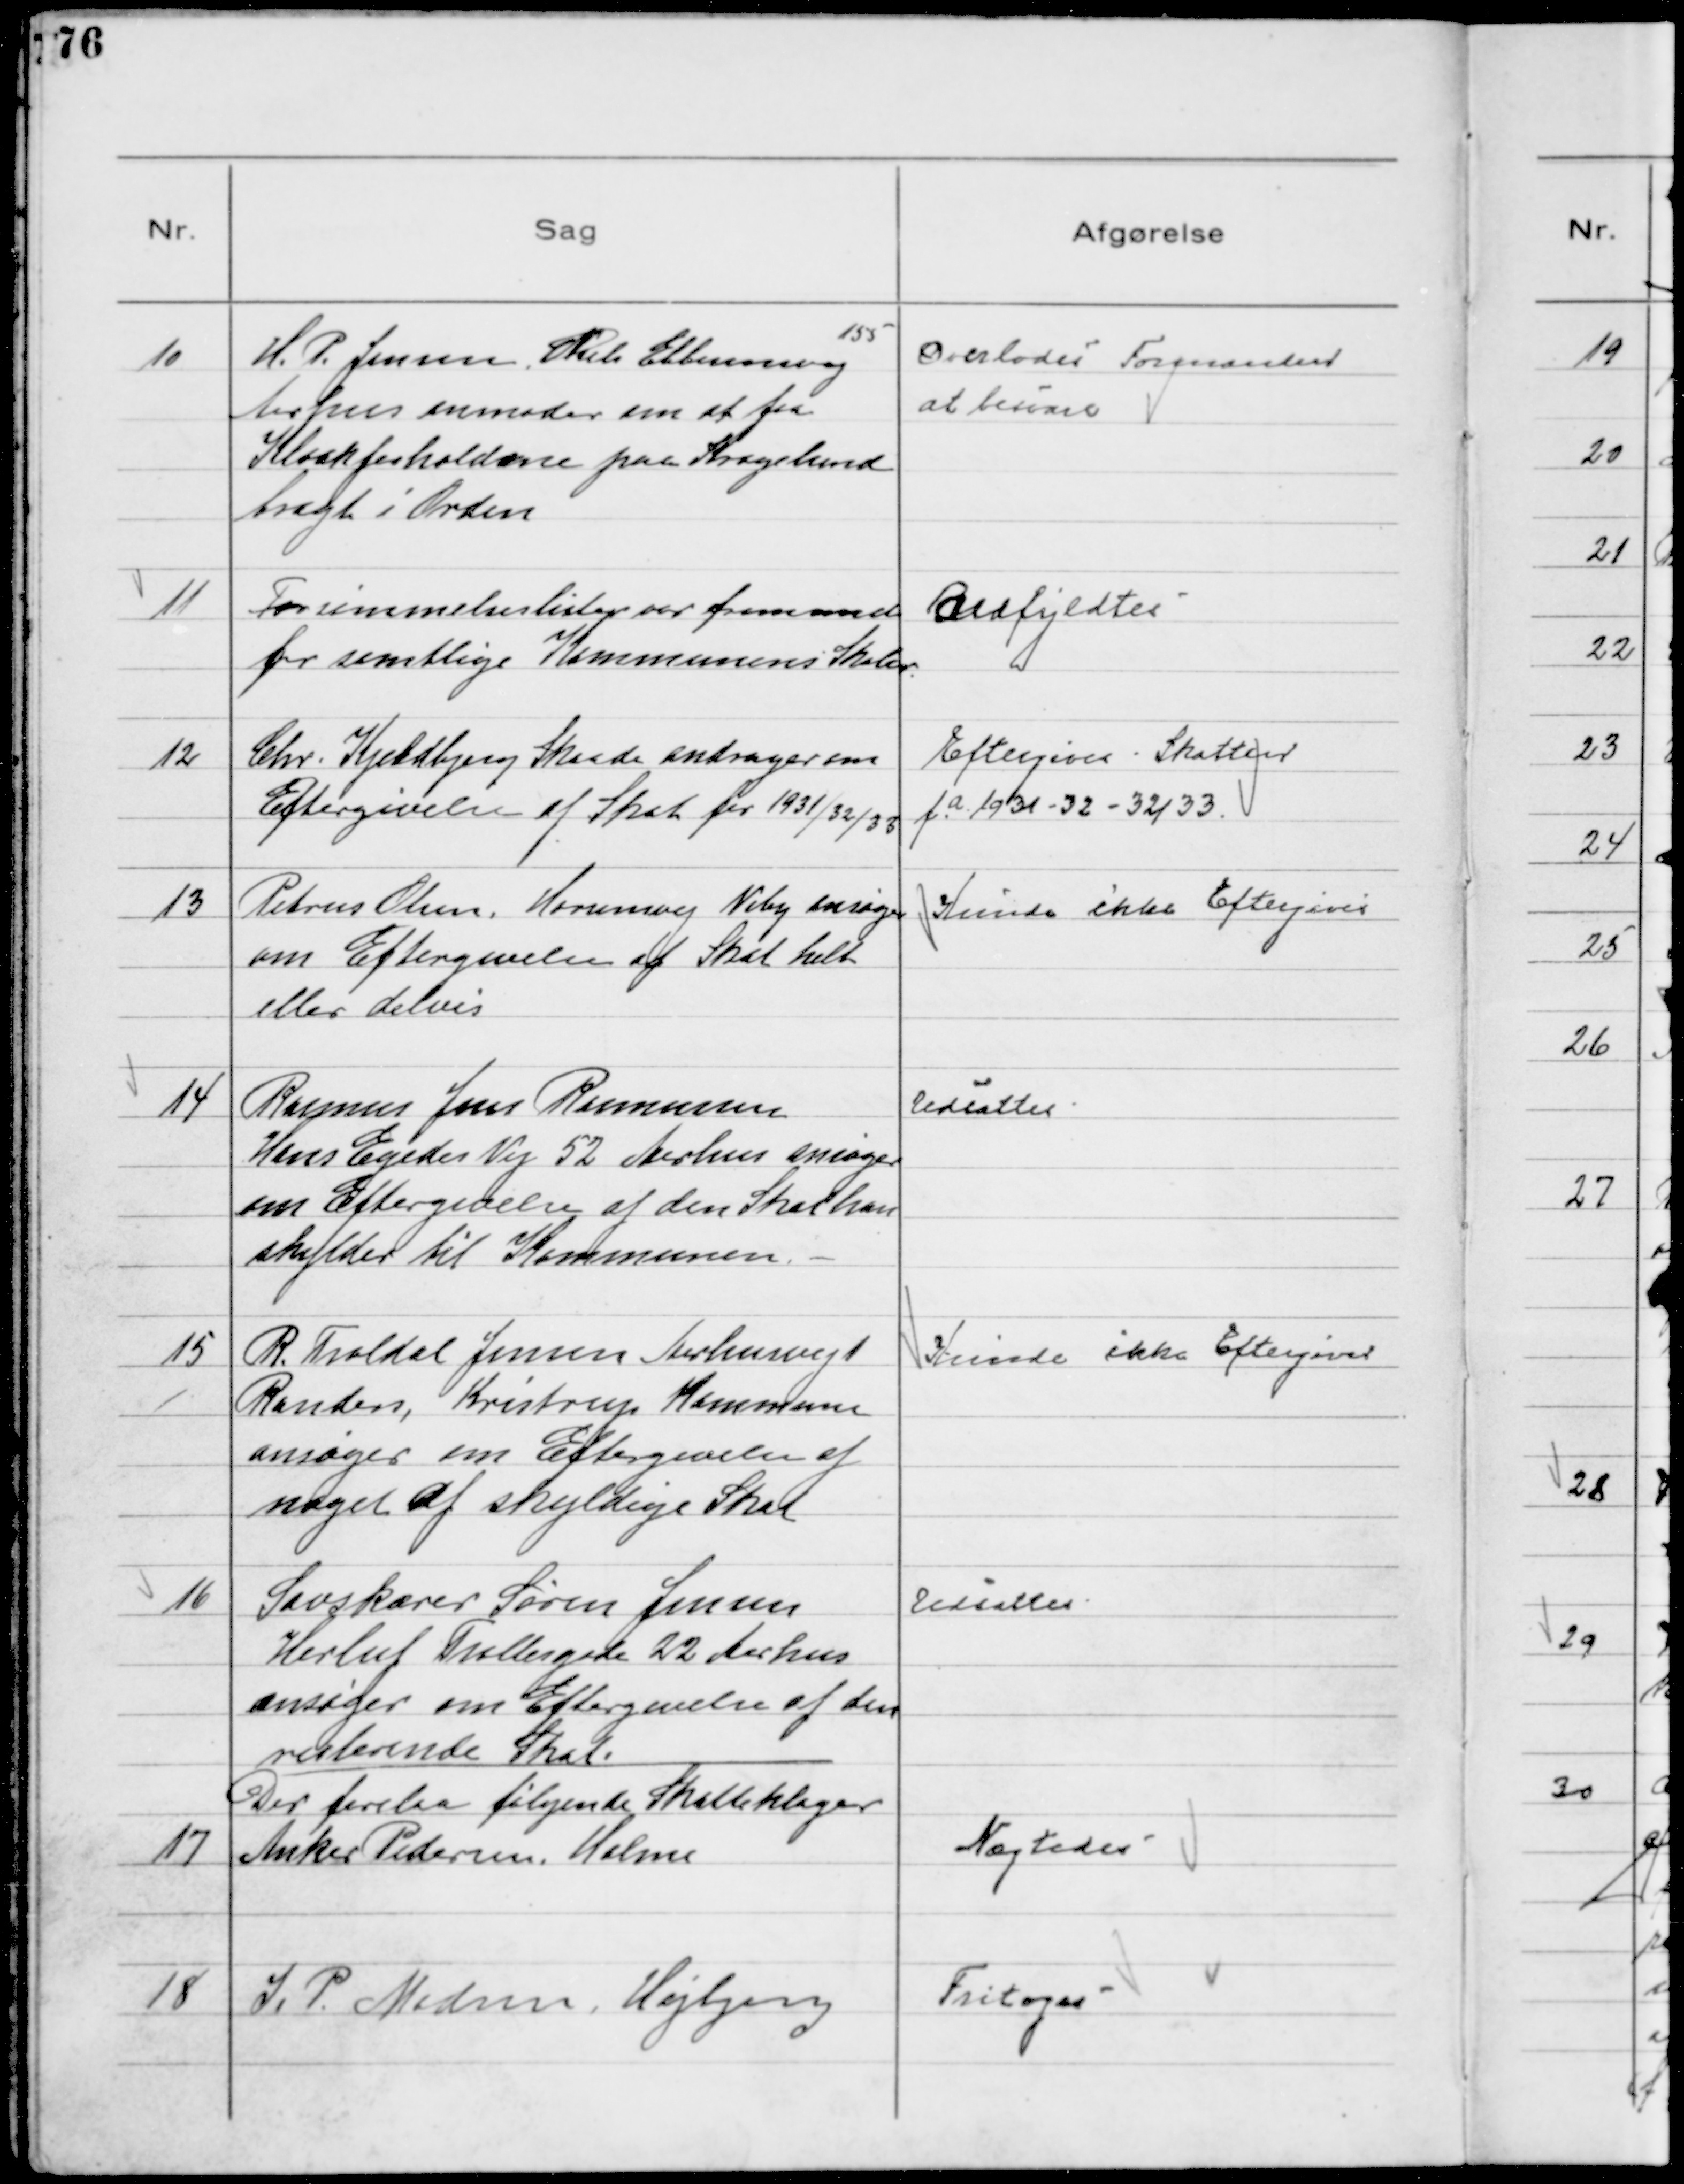
Transskription:
10
H. P. Jensen, Niels Ebbesensvej
155
Aarhus anmoder om at faa
Kloakforholdene paa Kragelund
bragt i Orden

Overlodes Formanden
at besvare

11
Forsømmelseslister var fremsendt
fra samtlige Kommunens Skoler

Udfyldtes

12
Chr. Kjeldbjerg Skaade andrager om
Eftergivelse af Skat for 1931/32/33

Eftergives Skatten
f. a. 1931 - 32 - 32/33

13
Petrus Olsen, Horsensvej Viby ansøger
om Eftergivelse af Skat helt
eller delvis

Kunde ikke Eftergives

14
Rasmus Jens Rasmussen
Hans Egedes Vej 52 Aarhus ansøger
om Eftergivelse af den Skat han
skylder til Kommunen. -

Udsattes

15
R. Troldal Jensen Aarhusvej 1
Randers, Kristrup Kommune
ansøger om Eftergivelse af
noget af skyldige Skat

Kunde ikke Eftergives

16
Savskærer Søren Jensen
Herluf Trollesgade 22 Aarhus
ansøger om Eftergivelse af den
resterende Skat.

Udsattes

Der forelaa følgende Skatteklager
17
Anker Pedersen, Holme

Nægtedes

18
I. P. Madsen, Højbjerg

Fritages